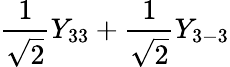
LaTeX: \frac{1}{\sqrt{2}}Y_{33}+\frac{1}{\sqrt{2}}Y_{3-3}